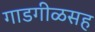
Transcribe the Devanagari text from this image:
गाडगीळसह